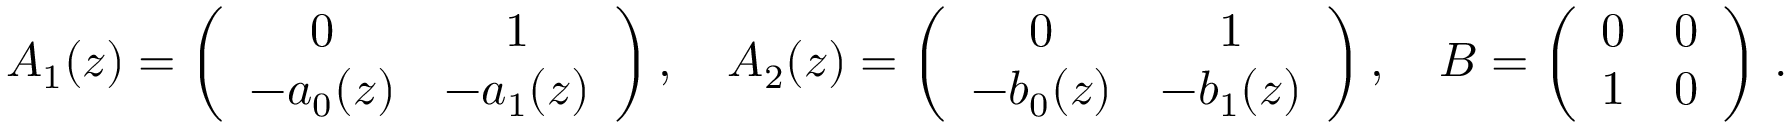
\begin{array} { r } { A _ { 1 } ( z ) = \left( \begin{array} { c c } { 0 } & { 1 } \\ { - a _ { 0 } ( z ) } & { - a _ { 1 } ( z ) } \end{array} \right) , \quad A _ { 2 } ( z ) = \left( \begin{array} { c c } { 0 } & { 1 } \\ { - b _ { 0 } ( z ) } & { - b _ { 1 } ( z ) } \end{array} \right) , \quad B = \left( \begin{array} { c c } { 0 } & { 0 } \\ { 1 } & { 0 } \end{array} \right) \, . } \end{array}